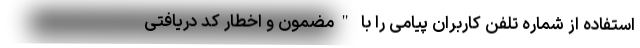
استفاده از شماره تلفن کاربران پیامی را با "مضمون و اخطار کد دریافتی